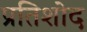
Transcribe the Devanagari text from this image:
प्रतिशोद